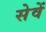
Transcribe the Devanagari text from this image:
सेवें